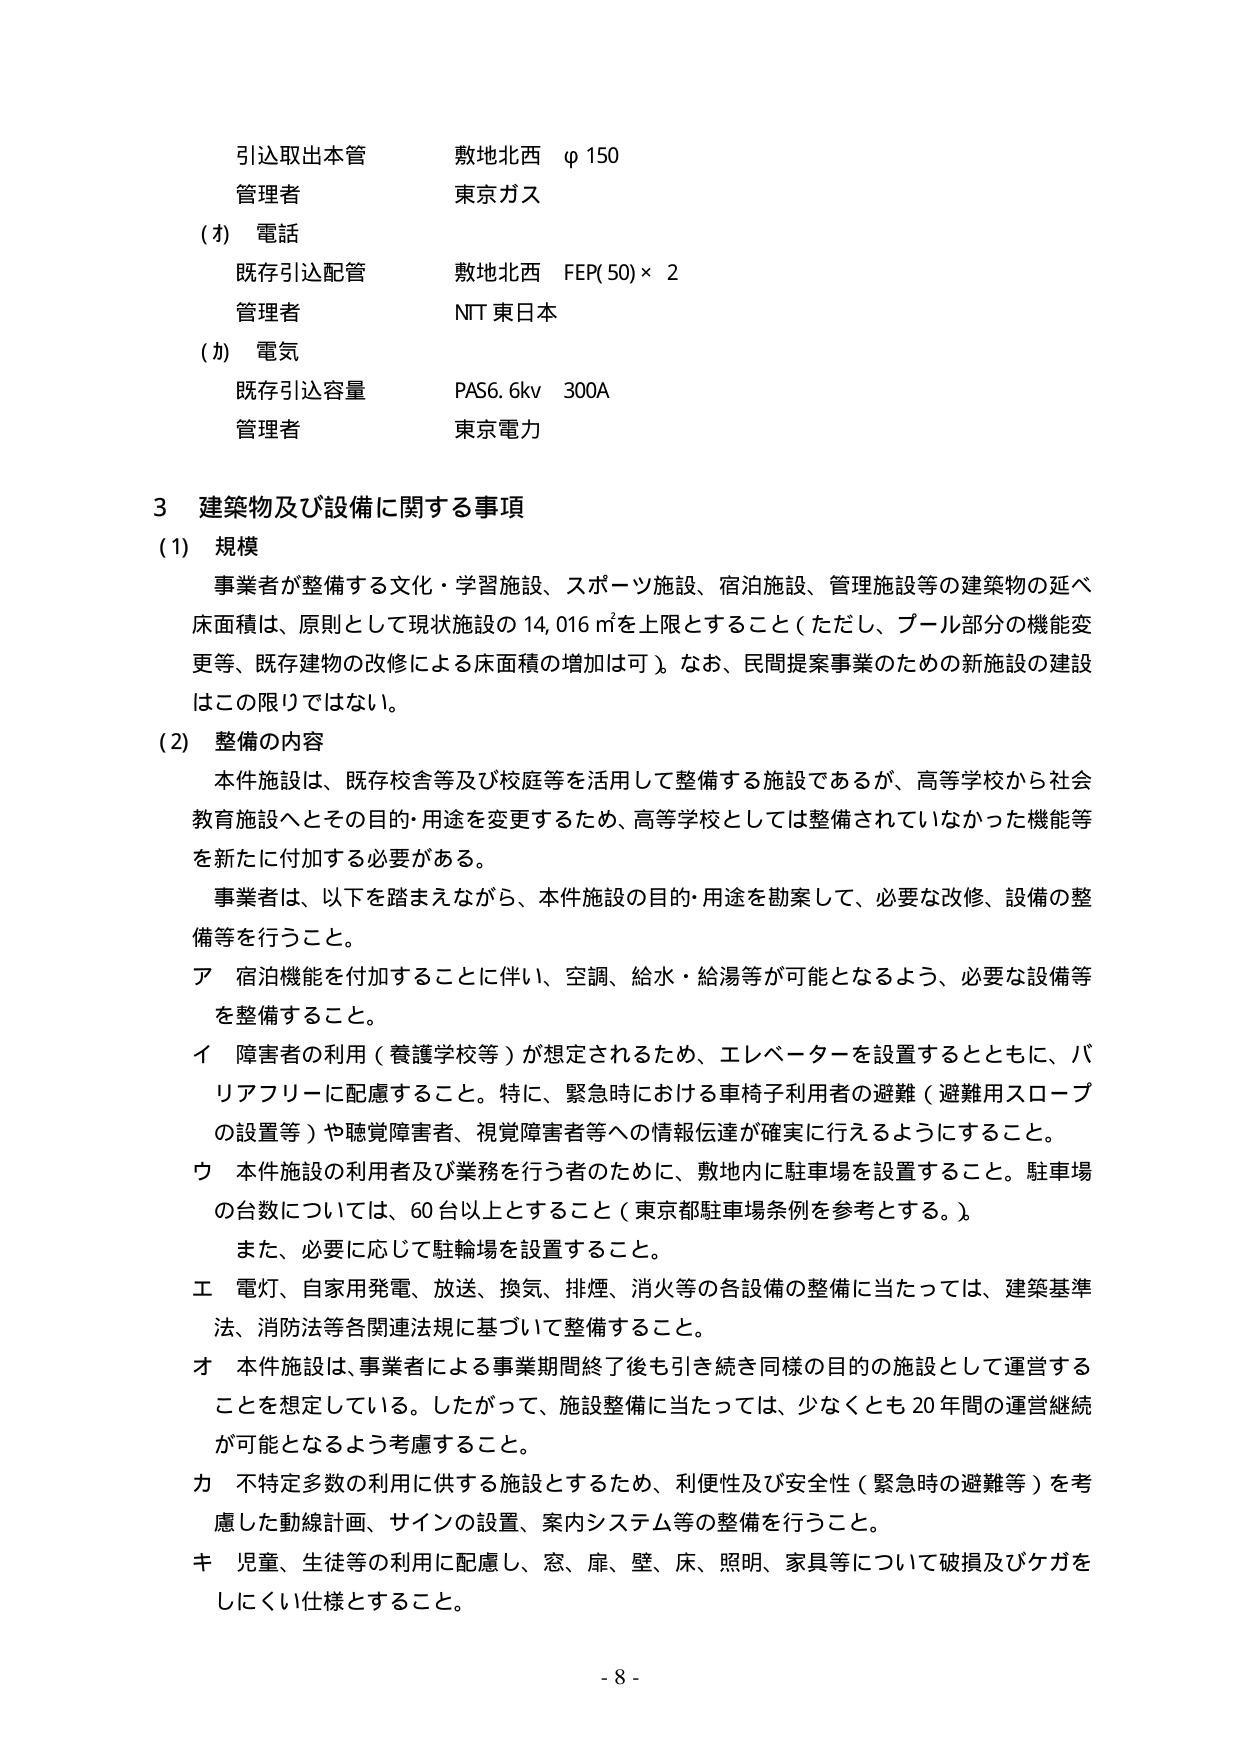
引込取出本管　　敷地北西　φ150
管理者　　　　　東京ガス

(イ) 電話
　既存引込配管　　敷地北西　FEP(50)×2
　管理者　　　　　NTT 東日本

(カ) 電気
　既存引込容量　　PAS6.6kv　300A
　管理者　　　　　東京電力

3 建築物及び設備に関する事項

(1) 規模
　事業者が整備する文化・学習施設、スポーツ施設、宿泊施設、管理施設等の建築物の延べ床面積は、原則として現状施設の 14,016 ㎡を上限とすること（ただし、プール部分の機能変更等、既存建物の改修による床面積の増加は可）。なお、民間提案事業のための新施設の建設はこの限りではない。

(2) 整備の内容
　本件施設は、既存校舎等及び校庭等を活用して整備する施設であるが、高等学校から社会教育施設へとその目的・用途を変更するため、高等学校としては整備されていなかった機能等を新たに付加する必要がある。
　事業者は、以下を踏まえながら、本件施設の目的・用途を勘案して、必要な改修、設備の整備等を行うこと。

ア 宿泊機能を付加することに伴い、空調、給水・給湯等が可能となるよう、必要な設備等を整備すること。

イ 障害者の利用（養護学校等）が想定されるため、エレベーターを設置するとともに、バリアフリーに配慮すること。特に、緊急時における車椅子利用者の避難（避難用スロープの設置等）や聴覚障害者、視覚障害者等への情報伝達が確実に行えるようにすること。

ウ 本件施設の利用者及び業務を行う者のために、敷地内に駐車場を設置すること。駐車場の台数については、60台以上とすること（東京都駐車場条例を参考とする。）。
　また、必要に応じて駐輪場を設置すること。

エ 電灯、自家用発電、放送、換気、排煙、消火等の各設備の整備に当たっては、建築基準法、消防法等各関連法規に基づいて整備すること。

オ 本件施設は、事業者による事業期間終了後も引き続き同様の目的の施設として運営することを想定している。したがって、施設整備に当たっては、少なくとも20年間の運営継続が可能となるよう考慮すること。

カ 不特定多数の利用に供する施設とするため、利便性及び安全性（緊急時の避難等）を考慮した動線計画、サインの設置、案内システム等の整備を行うこと。

キ 児童、生徒等の利用に配慮し、窓、扉、壁、床、照明、家具等について破損及びケガをしにくい仕様とすること。

- 8 -